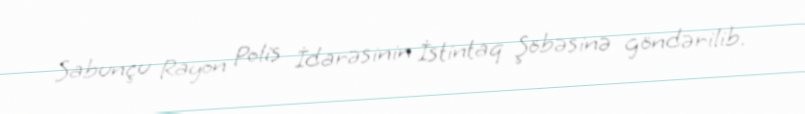
Sabunçu Rayon Polis İdarəsinin İstintaq Şöbəsinə göndərilib.